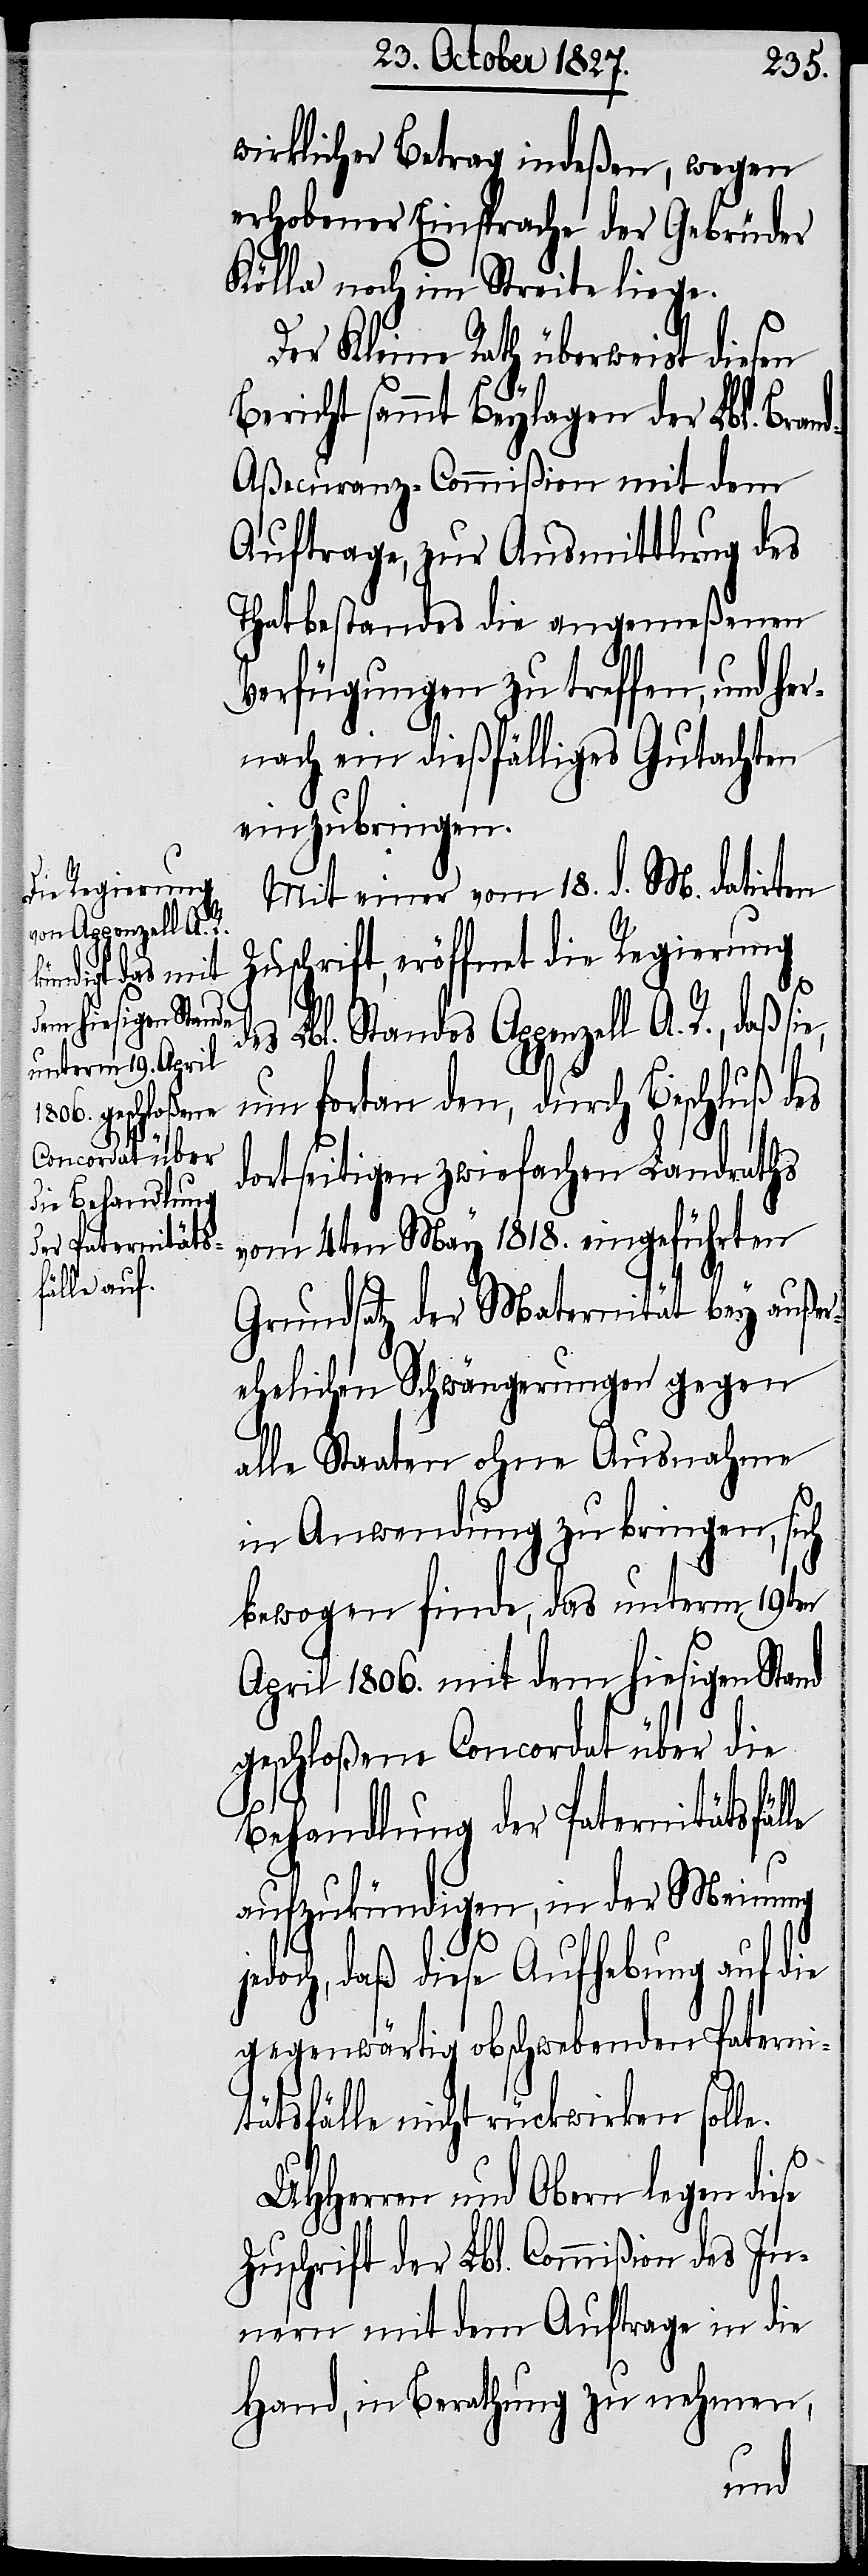
die Regierung

wirklicher Betrag indeßen, wegen
erhobener Einsprache der Gebrüder
Kölla noch im Streite liege.
Der Kleine Rath überweist diesen
Bericht sammt Beylagen der Lbl. Bran¬
d-Aßecuranz-Commißion mit dem
Auftrage, zur Ausmittlung des
Thatbestandes die angemeßenen
Verfügungen zu treffen, und he¬
rnach ein dießfälliges Gutachten
einzubringen.
Mit einer vom 18. d. M. datirten
se
de¬
s Lbl. Standes Appenzell A. R., daß si¬
um fortan den, durch Beschluß des
dortseitigen zwiefachen Landraths
vom 4ten May 1818. eingeführten
Grundsatz der Maternität bey außer¬
ehelichen Schwängerungen gegen
alle Staaten ohne Ausnahme
in Anwendung zu bringen, sich
bewogen finde, das unterm 19ten
April 1806. mit dem hiesigen Stand
geschloßene Concordat über die
Behandlung der Paternitätsfälle
aufzukündigen, in der Meinung
doch, daß diese Aufhebung auf die
gegenwärtig obschwebenden Paterni¬
tätsfälle nicht rückwirken solle.
UHHerren und Obern legen die¬
Zuschrift der Lbl. Commißion des In¬
nern mit dem Auftrage in die
Hand, in Berathung zu nehmen,